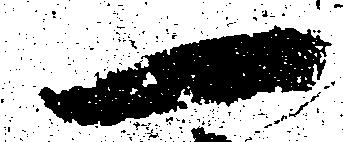
一